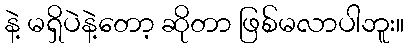
နဲ့ မရှိပဲနဲ့တော့ ဆိုတာ ဖြစ်မလာပါဘူး။